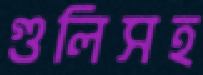
গুলিসহ